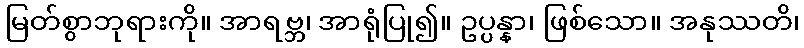
မြတ်စွာဘုရားကို။ အာရဗ္ဘ၊ အာရုံပြု၍။ ဥပ္ပန္နာ၊ ဖြစ်သော။ အနုဿတိ၊